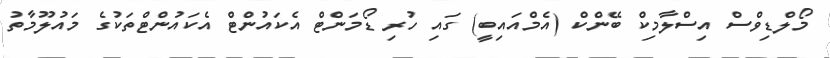
މޯލްޑިވްސް އިސްލާމިކް ބޭންކް (އެމްއައިބީ) ގައި ހުރި ޑޯމަންޓް އެކައުންޓް އެކައުންޓްތަކުގެ މައުލޫމާތު